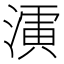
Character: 𱨎